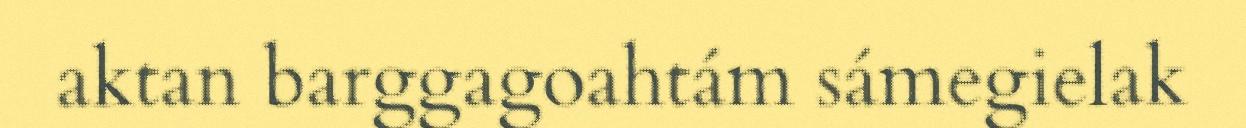
aktan barggagoahtám sámegielak